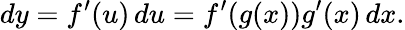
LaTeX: dy=f^{\prime}(u)\, du=f^{\prime}(g(x))g^{\prime}(x)\, dx.